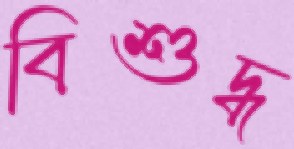
বিশুদ্ধ